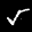
Label: 5